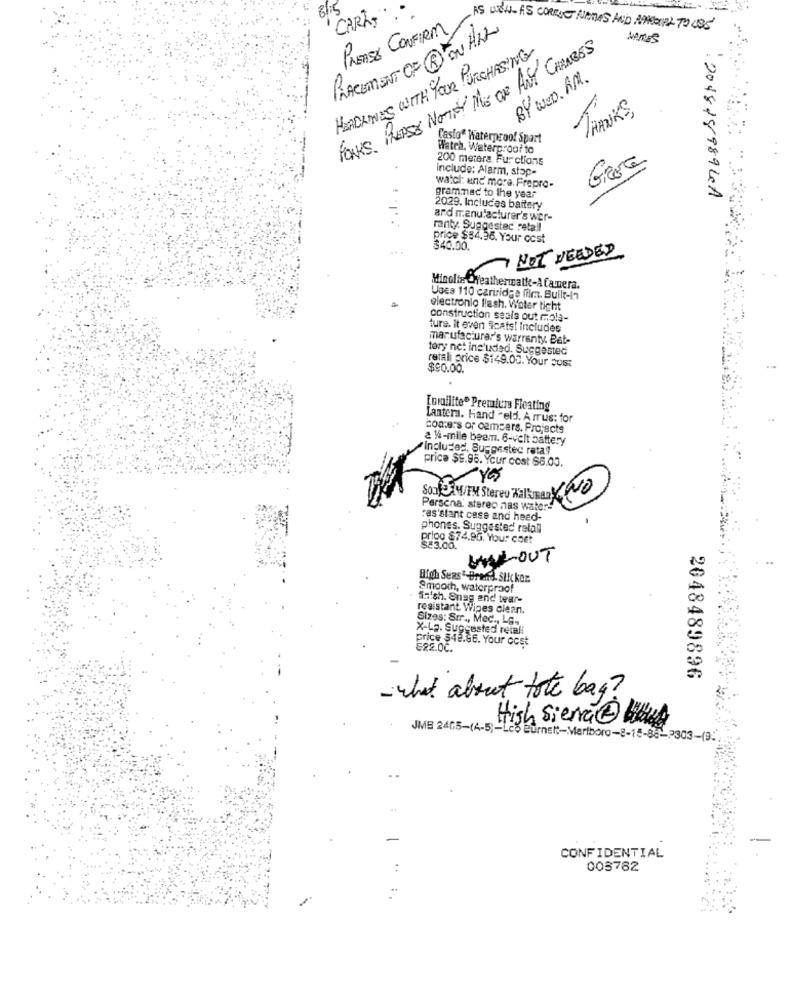
CARL
PLEASE CONFIRM
AS WELL AS CORRIE NAMES AND PREDIAL TO USE'
PLACEMENT OF @ ON ALL
HEADLINES WITH YOUR PURCHASING
FONES. PLEASE NOTIFY ME OF ANY CHANGES
BY WED. AM.
THANKS
Lasto* Waterproof Sport
Watch. Waterproof to
200 metera Fur ctions
Groa
include: Alarm, stop-
watch: und mora. Frepro-
grammmac to the year
: 204818989LA
2029. Includes baitery
and manufacturer's wer-
ranty. Suggested retail
price $84.96. Your cost
34600
NOT NEEDED
Minolta Weathermatk-ACamera.
Usea 110 cartridge film. Built-In
electronic flash. Water tight
construction seals out rmols-
ture. it even ficats! includes
manufacturer's warranty. Bat-
tory net included. Suggested
retail price $149.00. Your Just
$90.00.
[ovilite® Premium Floating
antera. Hand eld. A rrus: for
conners or campers. Projects
2 14-mile beam. 6-volt battery
Includes. Suggestec rata!
price $9.95. Your cost 86.00.
1 Yes
Son W/FM Stereo Kallman NO
Persona, stereo nas water !!
ras'stant case and heed-
phones. Suggested retail
prioo $74.95. Your cort
$=3.00.
WOUT
High Seas"-Brend. Slicker.
Smooth, waterproof
fn'sh. Snag and tear-
resistant Wipes clean.
Sizes: Str ., Med ., LG.
X-La. Suggested retali
price $49.86. Your cost
£22.00.
2048489896
- what about tote bag?
Hish Sierva @ Url
JMB 2465-(4-5 ;- Les Burnett-Marlboro-8-15-8
-2303-(9
CONFIDENTIAL
003782